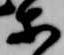
等